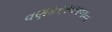
વણકરસમાજના